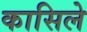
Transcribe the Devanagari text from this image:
कासिले